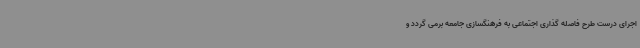
اجرای درست طرح فاصله گذاری اجتماعی به فرهنگسازی جامعه برمی گردد و